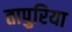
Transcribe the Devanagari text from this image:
तापुरिया